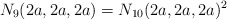
\begin{align*} N_9(2a,2a,2a)=N_{10}(2a,2a,2a)^2\end{align*}